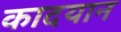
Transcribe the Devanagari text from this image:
कादयान